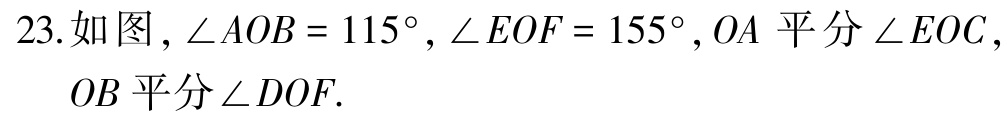
23.如图，\(\angle AOB = 115^{\circ},\angle EOF = 155^{\circ},OA\)平分\(\angle EOC\)，

\(OB\)平分\(\angle DOF\).